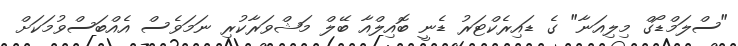
"ސްލަމްޑޯގް މިލިއަނާ" ގެ ޑައިރެކްޓަރު ޑެނީ ބޮއިލްއާ ބޭލް މަޝްވަރާކުރި ނަމަވެސް އެއްބަސްވުމަކަށް